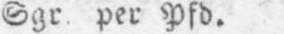
Sgr. per Pfd.